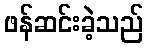
ဖန်ဆင်းခဲ့သည်